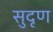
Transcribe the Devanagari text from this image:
सुदृण